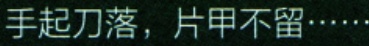
手起刀落，片甲不留……